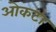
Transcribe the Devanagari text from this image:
ओकटा